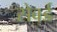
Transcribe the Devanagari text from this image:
सेवर्ड